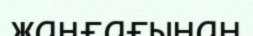
жаңғағынан